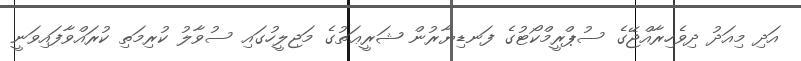
އަދި މިއަދު ދިވެހިރާއްޖޭގެ ސުޕްރީމްކޯޓުގެ ފަނޑިޔާރުން ޝަރީޢަތުގެ މަޖިލީހުގައި ސުވާލު ކުރިމަތި ކުރައްވާފައިވަނީ